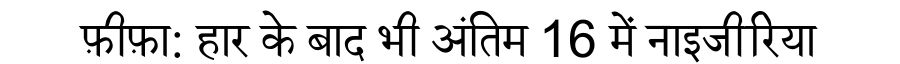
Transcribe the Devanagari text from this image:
फ़ीफ़ा: हार के बाद भी अंतिम 16 में नाइजीरिया